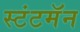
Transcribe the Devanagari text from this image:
स्टंटमॅन